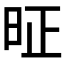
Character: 𰕸